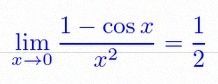
\lim_{x\to0}\frac{1-\cos x}{x^2}=\frac12